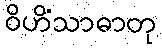
ဝိဟိံသာဓာတု